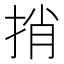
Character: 捎